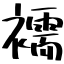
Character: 襦